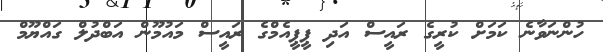
ހުންނަވާނެ ކަމަށް ކުރީގެ ރައީސް އަދި ޕީޕީއެމްގެ ރައީސް މައުމޫން އަބްދުލް ގައްޔޫމް